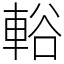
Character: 輍